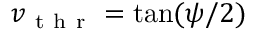
v _ { \mathrm { ~ t ~ h ~ r ~ } } = \tan ( \psi / 2 )